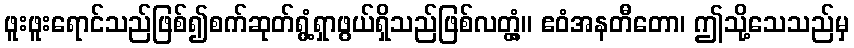
ဖူးဖူးရောင်သည်ဖြစ်၍စက်ဆုတ်ရွံ့ရှာဖွယ်ရှိသည်ဖြစ်လတ္တံ့။ ဧဝံအနတီတော၊ ဤသို့သေသည်မှ